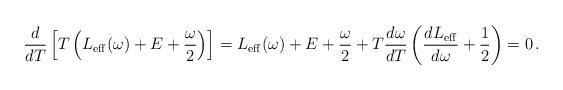
LaTeX: \begin{align*}\frac{d}{dT}\left[ T \left( L_{{\rm eff}}(\omega)+ E + \frac{\omega}{2} \right) \right] = L_{{\rm eff}}(\omega)+ E + \frac{\omega}{2} + T \frac{d\omega}{dT}\left( \frac{dL_{{\rm eff}}}{d\omega} + \frac{1}{2} \right) = 0 \,.\end{align*}